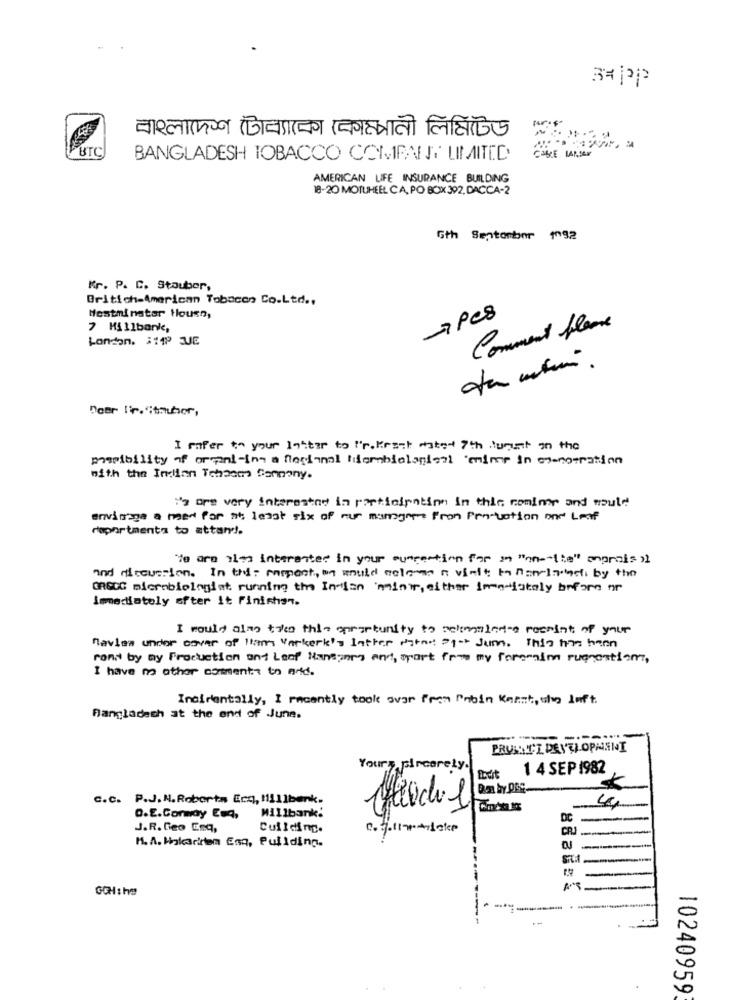
37jap
BTC
CABLE LApper
BANGLADESH TOBACCO COMPANY LIMITED
AMERICAN LIFE INSURANCE BUILDING
18-20 MOTUHEEL CA, PO BOX 392, DACCA-2
6th September 1092
Kr. P. C. Stauber,
Britich-American Tobacco Co.Ltd .,
-pcs
Hestminster Houen,
7 Millbank,
Comment fleurs
London. 111P JE
Deer ltr."thuher,
I refer to your latter to 'r. Krest dated 7th lujust in the
possibility of organi-ins a Regional Miembiological 'mimer in mo-nosration
with the Indian Tehasa Company.
Y's are very interested in participation in this comme and would
envisage a med for at least six of nur mangame from Pro-vation one Leaf
raportments to attar !.
"Yo are ils interested in your suspention for in "an-"lite" eprois
and discussion. In the: rampant, we would colonna n visit t nanciadefi by the
CROCC microbiologiat running the In-lan 'minor, either immerlately before or
Imediately after it finishen.
I would alay twee this opportunity to relimaladie recmint of your
navlen under cover of liam's warkerk's latter patas: 21 Jum. This has been
rona by my Production and Leof Hansany and, myart from my foromainn rugnostiom,
I have m other comments to ard .
Incidentally, I recently took over from robin Kanst, the luft.
Bangladesh at the end of June.
Yours sincerely.
1 4 SEP 1982
c.c. P.J.H. Roberts Ecg, 1111bank.
O.E.Commay Esq,
Millbank:
DC
J.R. Geo Enq,
Cuilding.
CR
M. A. Holadirem Esq, Pullding.
GCHshe
----- --
10240959